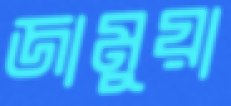
জামুয়া